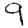
Digit: 9